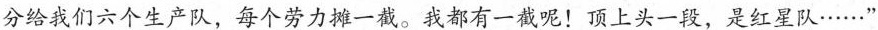
分给我们六个生产队，每个劳力摊一截。我都有一截呢！顶上头一段，是红星队······”